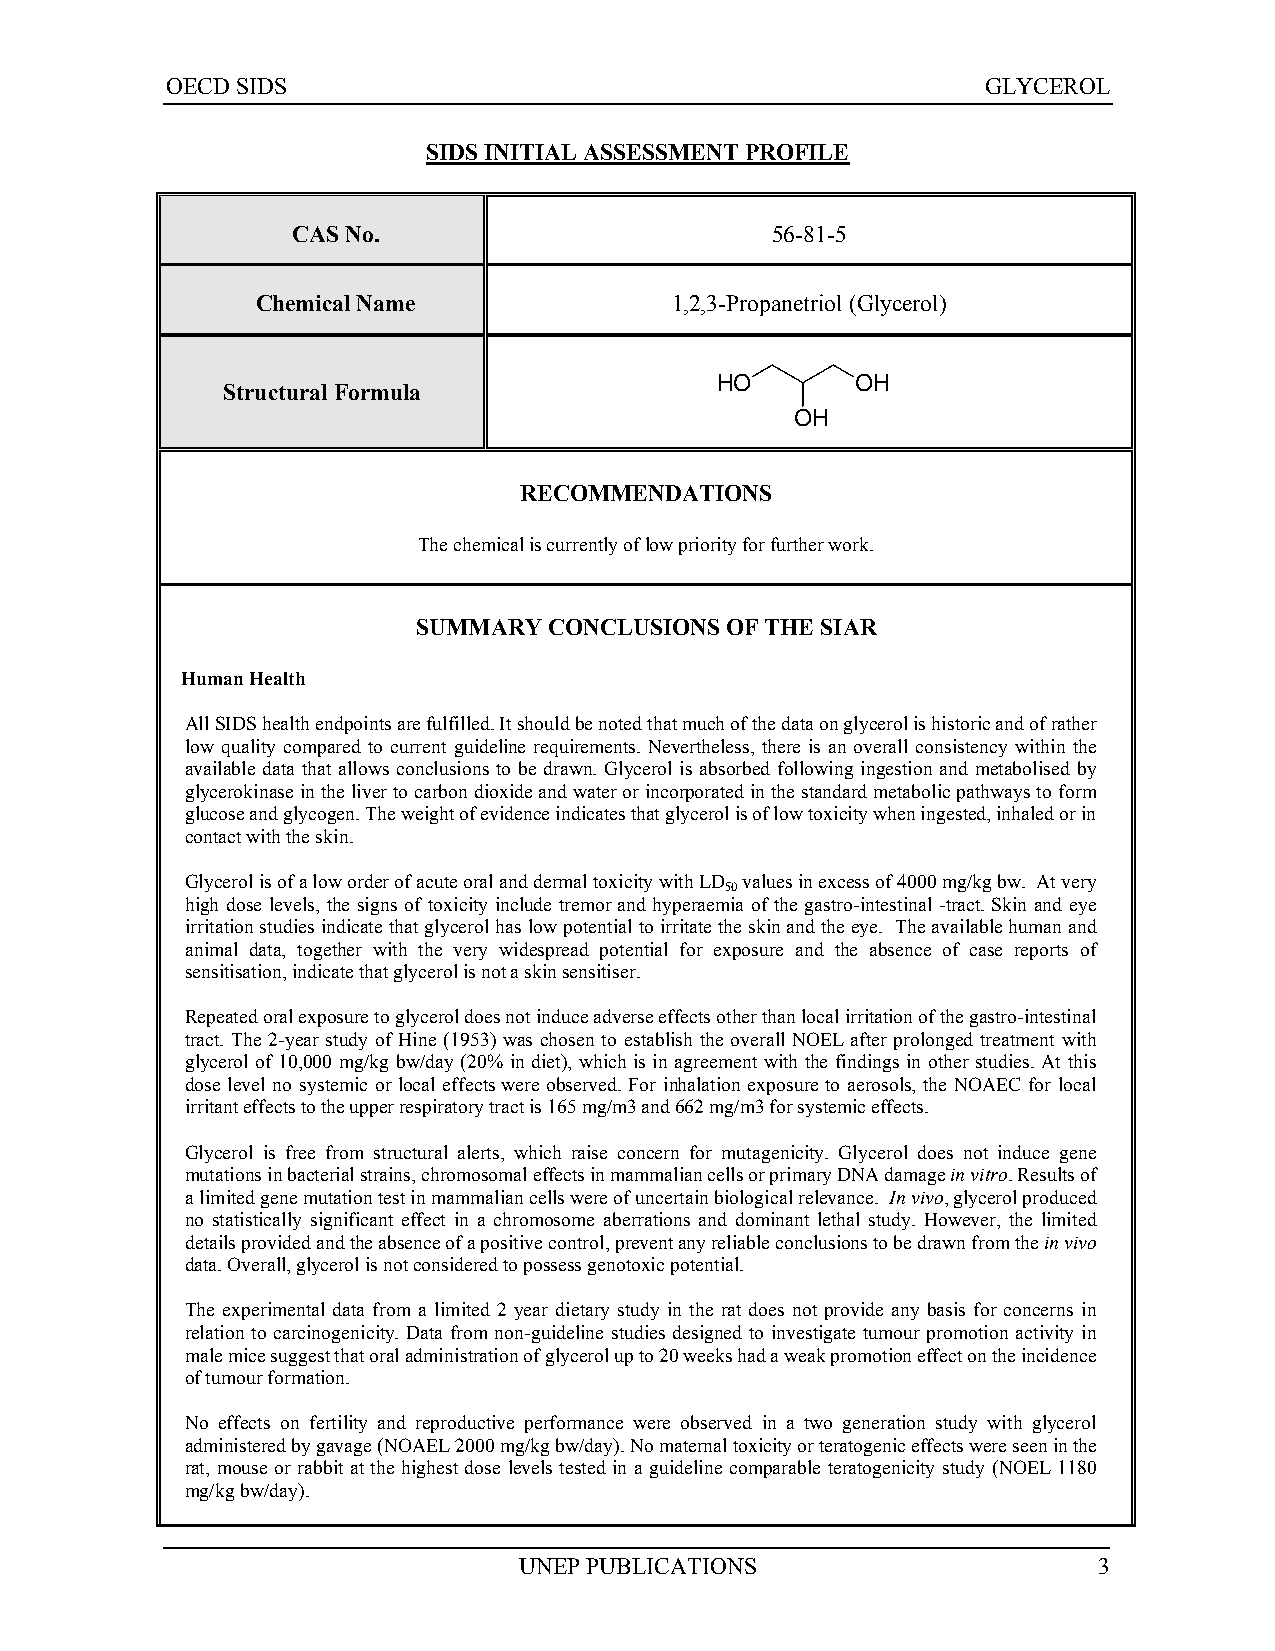
OECD SIDS                                             GLYCEROL
 SIDS INITIAL ASSESSMENT PROFILE
 CAS No.                         56-81-5
 Chemical Name              1,2,3-Propanetriol (Glycerol)
 HO        OH
 Structural Formula
 OH
 RECOMMENDATIONS
 The chemical is currently of low priority for further work.
 SUMMARY CONCLUSIONS OF THE SIAR
 Human Health
 All SIDS health endpoints are fulfilled. It should be noted that much of the data on glycerol is historic and of rather
 low quality compared to current guideline requirements. Nevertheless, there is an overall consistency within the
 available data that allows conclusions to be drawn. Glycerol is absorbed following ingestion and metabolised by
 glycerokinase in the liver to carbon dioxide and water or incorporated in the standard metabolic pathways to form
 glucose and glycogen. The weight of evidence indicates that glycerol is of low toxicity when ingested, inhaled or in
 contact with the skin.
 Glycerol is of a low order of acute oral and dermal toxicity with LD values in excess of 4000 mg/kg bw. At very
 50
 high dose levels, the signs of toxicity include tremor and hyperaemia of the gastro-intestinal -tract. Skin and eye
 irritation studies indicate that glycerol has low potential to irritate the skin and the eye. The available human and
 animal data, together with the very widespread potential for exposure and the absence of case reports of
 sensitisation, indicate that glycerol is not a skin sensitiser.
 Repeated oral exposure to glycerol does not induce adverse effects other than local irritation of the gastro-intestinal
 tract. The 2-year study of Hine (1953) was chosen to establish the overall NOEL after prolonged treatment with
 glycerol of 10,000 mg/kg bw/day (20% in diet), which is in agreement with the findings in other studies. At this
 dose level no systemic or local effects were observed. For inhalation exposure to aerosols, the NOAEC for local
 irritant effects to the upper respiratory tract is 165 mg/m3 and 662 mg/m3 for systemic effects.
 Glycerol is free from structural alerts, which raise concern for mutagenicity. Glycerol does not induce gene
 mutations in bacterial strains, chromosomal effects in mammalian cells or primary DNA damage in vitro. Results of
 a limited gene mutation test in mammalian cells were of uncertain biological relevance. In vivo, glycerol produced
 no statistically significant effect in a chromosome aberrations and dominant lethal study. However, the limited
 details provided and the absence of a positive control, prevent any reliable conclusions to be drawn from the in vivo
 data. Overall, glycerol is not considered to possess genotoxic potential.
 The experimental data from a limited 2 year dietary study in the rat does not provide any basis for concerns in
 relation to carcinogenicity. Data from non-guideline studies designed to investigate tumour promotion activity in
 male mice suggest that oral administration of glycerol up to 20 weeks had a weak promotion effect on the incidence
 of tumour formation.
 No effects on fertility and reproductive performance were observed in a two generation study with glycerol
 administered by gavage (NOAEL 2000 mg/kg bw/day). No maternal toxicity or teratogenic effects were seen in the
 rat, mouse or rabbit at the highest dose levels tested in a guideline comparable teratogenicity study (NOEL 1180
 mg/kg bw/day).
 UNEP PUBLICATIONS                      3